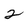
Character: 2